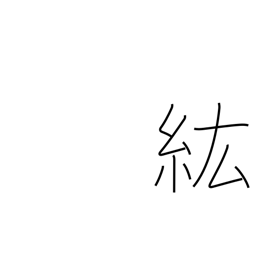
Meaning: large